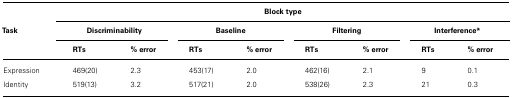
<table><thead><tr><td></td><td colspan="8"><b>Block type</b></td></tr><tr><td><b>Task</b></td><td colspan="2"><b>Discriminability</b></td><td colspan="2"><b>Baseline</b></td><td colspan="2"><b>Filtering</b></td><td colspan="2"><b>Interference<sup>*</sup></b></td></tr><tr><td></td><td><b>RTs</b></td><td><b>% error</b></td><td><b>RTs</b></td><td><b>% error</b></td><td><b>RTs</b></td><td><b>% error</b></td><td><b>RTs</b></td><td><b>% error</b></td></tr></thead><tbody><tr><td>Expression</td><td>469(20)</td><td>2.3</td><td>453(17)</td><td>2.0</td><td>462(16)</td><td>2.1</td><td>9</td><td>0.1</td></tr><tr><td>Identity</td><td>519(13)</td><td>3.2</td><td>517(21)</td><td>2.0</td><td>538(26)</td><td>2.3</td><td>21</td><td>0.3</td></tr></tbody></table>